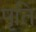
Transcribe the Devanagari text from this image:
पृति